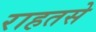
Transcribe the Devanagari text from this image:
राहतसे